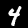
Digit: 4